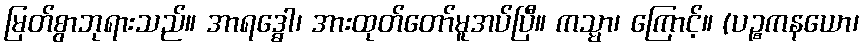
မြတ်စွာဘုရားသည်။ အာရဒ္ဓေါ၊ အားထုတ်တော်မူအပ်ပြီ။ ကသ္မာ၊ ကြောင့်။ (ပဉ္စကနယော၊